Annual administration report of the Civil Veterinary Department of India - 1899-1900
Year: 1899
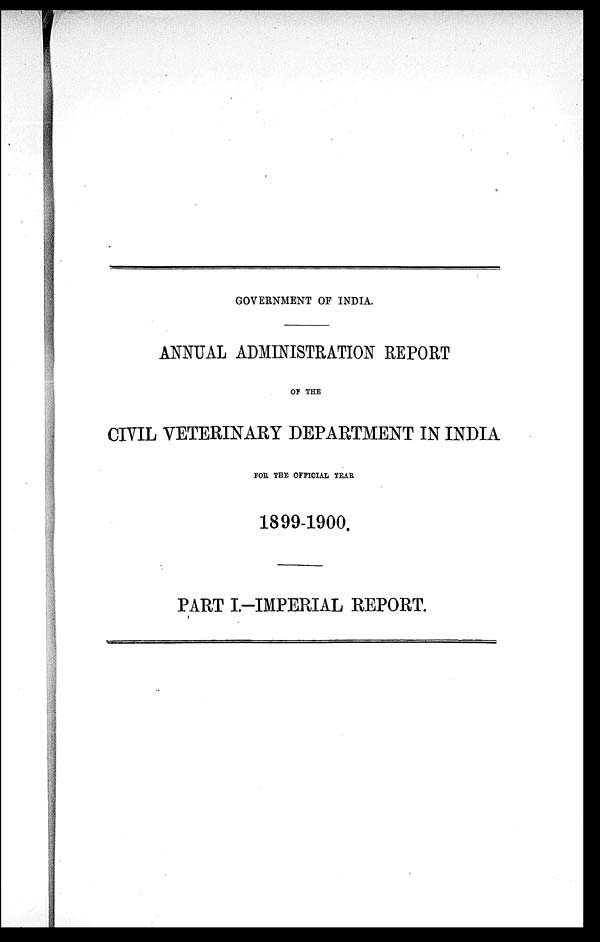
GOVERNMENT OF INDIA.
ANNUAL ADMINISTRATION REPORT
OF THE
CIVIL VETERINARY DEPARTMENT IN INDIA
FOR THE OFFICIAL YEAR
1899-1900.
PART I.-IMPERIAL REPORT.